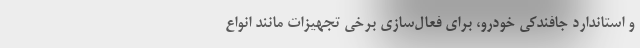
و استاندارد جافندکی خودرو، برای فعال‌سازی برخی تجهیزات مانند انواع